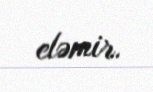
eləmir.